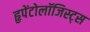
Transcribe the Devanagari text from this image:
हृपेंटोलॉजिस्ट्स